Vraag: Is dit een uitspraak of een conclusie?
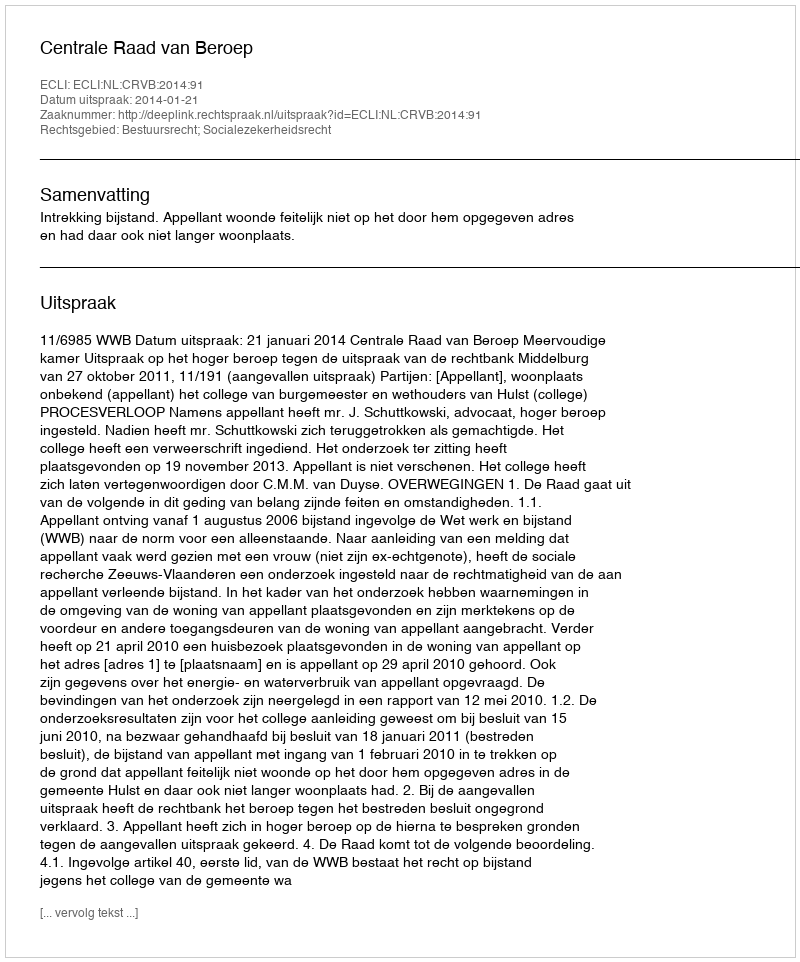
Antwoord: Uitspraak